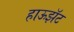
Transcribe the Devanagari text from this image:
हाऊझॅट